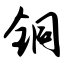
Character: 铜